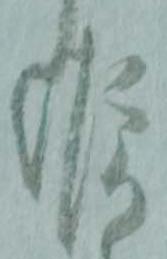
候